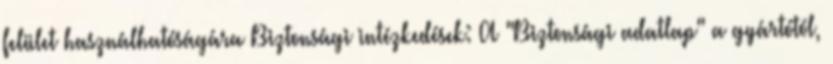
felület használhatóságára Biztonsági intézkedések: A "Biztonsági adatlap" a gyártótól,